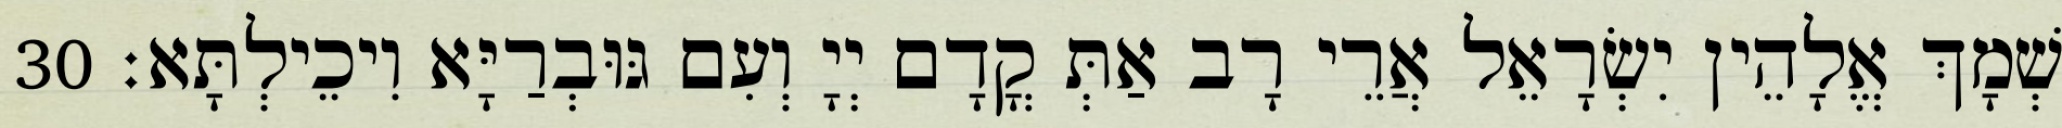
שְׁמָךְ אֱלָהֵין יִשְׂרָאֵל אֲרֵי רָב אַתְּ קֳדָם יְיָ וְעִם גּוּבְרַיָּא וִיכֵילְתָּא׃ 30